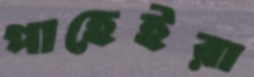
পাহেইরা